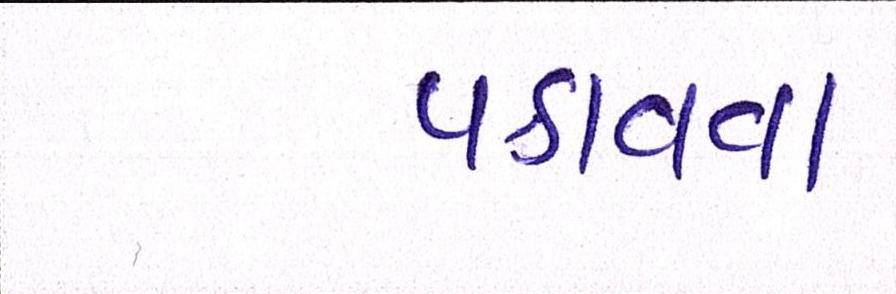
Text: પકાવવા